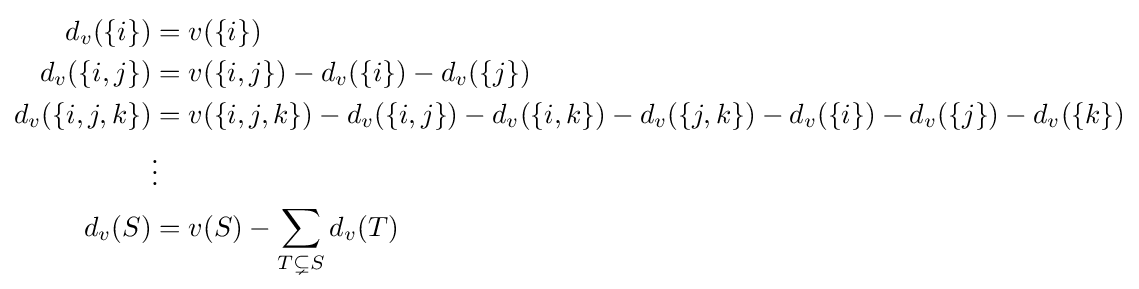
{\begin{aligned}d_{v}(\{i\})&=v(\{i\})\\d_{v}(\{i,j\})&=v(\{i,j\})-d_{v}(\{i\})-d_{v}(\{j\})\\d_{v}(\{i,j,k\})&=v(\{i,j,k\})-d_{v}(\{i,j\})-d_{v}(\{i,k\})-d_{v}(\{j,k\})-d_{v}(\{i\})-d_{v}(\{j\})-d_{v}(\{k\})\\&\vdots \\d_{v}(S)&=v(S)-\sum _{T\subsetneq S}d_{v}(T)\end{aligned}}